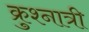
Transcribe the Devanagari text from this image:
क्रुश्नात्री